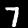
Digit: 7